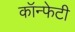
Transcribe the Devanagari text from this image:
कॉन्फेटी